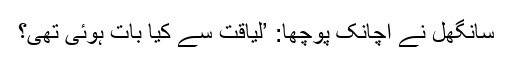
سانگھل نے اچانک پوچھا: ’لیاقت سے کیا بات ہوئی تھی؟